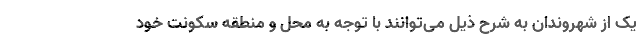
یک از شهروندان به شرح ذیل می‌توانند با توجه به محل و منطقه سکونت خود